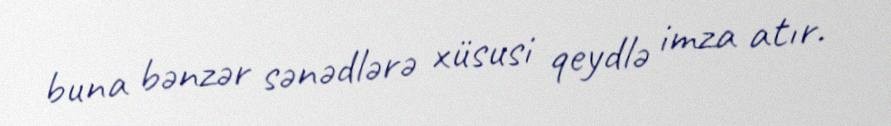
buna bənzər sənədlərə xüsusi qeydlə imza atır.